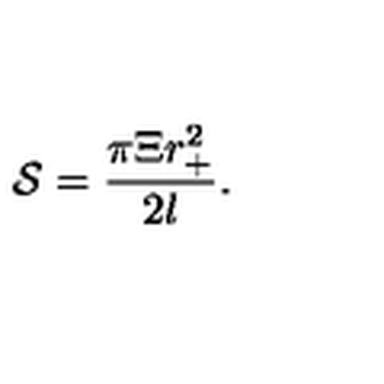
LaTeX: \mathcal { S } = \frac { \pi \Xi r _ { + } ^ { 2 } } { 2 l } .